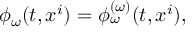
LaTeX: \phi _ { \omega } ( t , x ^ { i } ) = \phi _ { \omega } ^ { ( \omega ) } ( t , x ^ { i } ) ,